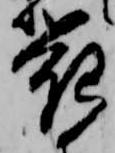
花